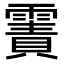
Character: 𩄾